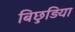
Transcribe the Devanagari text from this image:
बिछुड़िया